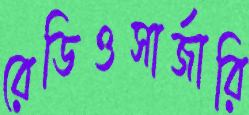
রেডিওসার্জারি